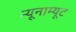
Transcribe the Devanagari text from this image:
न्यूनाम्यूट